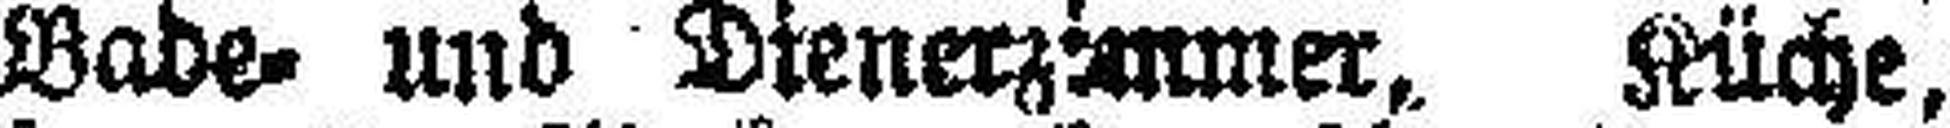
Bade= und Dienerzimmer, Küche,